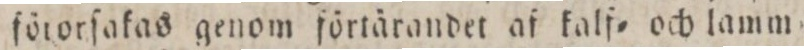
förorſakas genom förtärandet af kalf= och lamm=